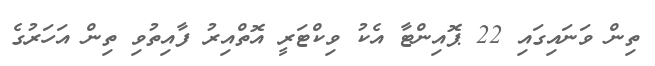
ތިން ވަނައިގައި 22 ޕޮއިންޓާ އެކު ވިކްޓަރީ އޮތްއިރު ފާއިތުވި ތިން އަހަރުގެ